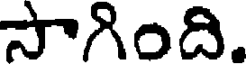
సాగింది.